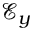
\mathcal { E } _ { y }